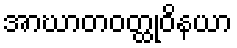
အာဃာတဝတ္ထုဝိနယာ